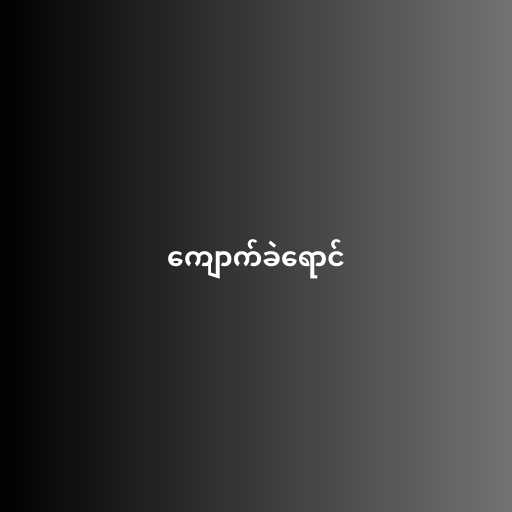
ကျောက်ခဲရောင်